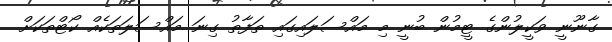
ގާނޫނީ ވަކީލުންގެ ޓީމުން ބުނީ މި މައްސަލައިގައި ތަފާތު ގިނަ މައްސަލަތަކެއް ކޯޓްތަކަށް